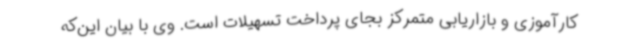
کارآموزی و بازاریابی متمرکز بجای پرداخت تسهیلات است. وی با بیان این‌که